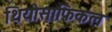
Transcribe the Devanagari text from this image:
थियोसाफिकल